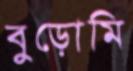
বুড়োমি